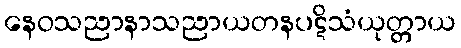
နေဝသညာနာသညာယတနပဋိသံယုတ္တာယ